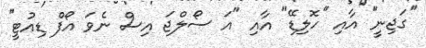
''ގަޖިނީ'' އާއި ''ހޮލިޑޭ" އާއި "އަ ސޯލްޖަ އިސް ނެވަ އޯފް ޑިއުޓީ''